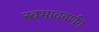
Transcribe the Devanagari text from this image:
स्वभाववर्णन